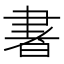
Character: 𰭽